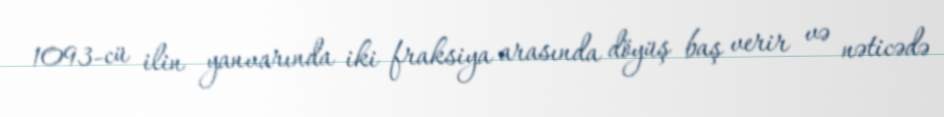
1093-cü ilin yanvarında iki fraksiya arasında döyüş baş verir və nəticədə